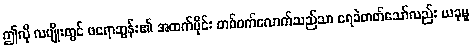
ဤလို လမျိုးတွင် ဖရောဘွန်း၏ အထက်ပိုင်း တစ်ဝက်လောက်သည်သာ ရေခဲတတ်သော်လည်း ယခုမူ